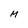
Character: M